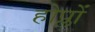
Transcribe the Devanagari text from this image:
होप्लों